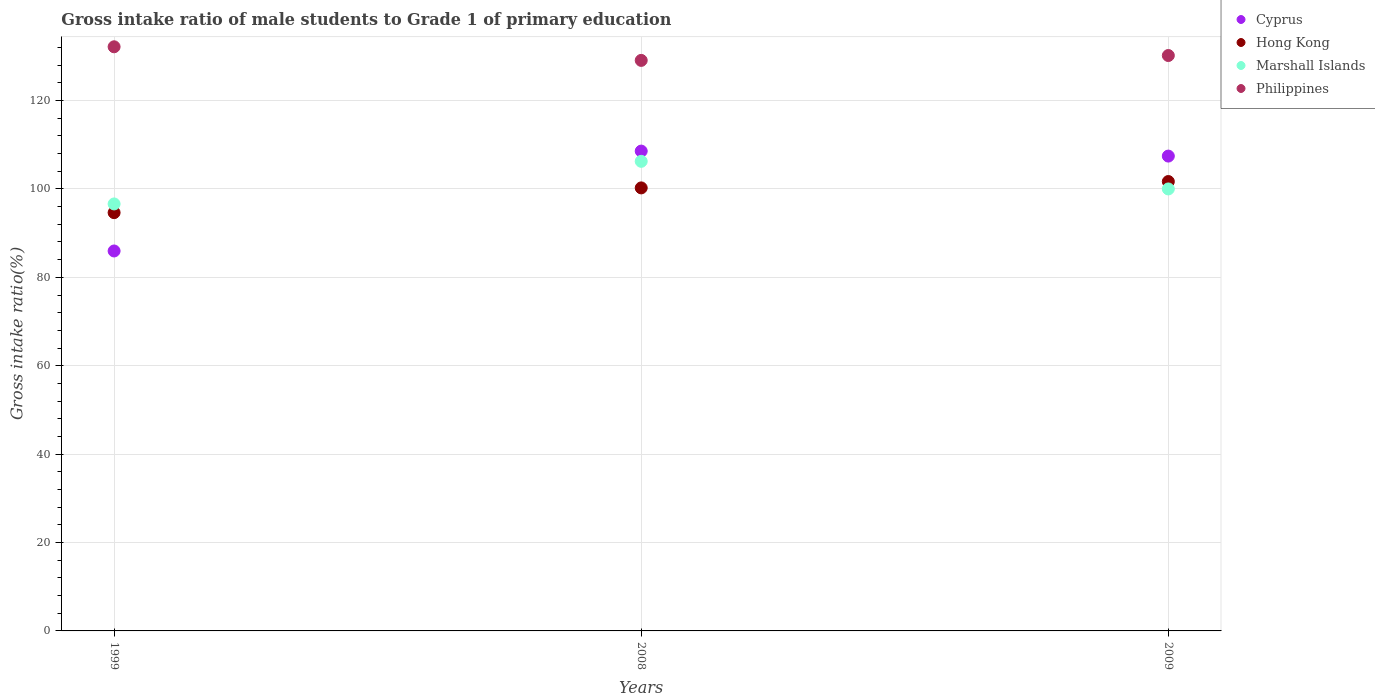
| Years | Cyprus | Hong Kong | Marshall Islands | Philippines |
 | --- | --- | --- | --- | --- |
 | 1999 | 86 | 94.6 | 96.6 | 132 |
 | 2008 | 109 | 100 | 106 | 129 |
 | 2009 | 107 | 102 | 100 | 130 |